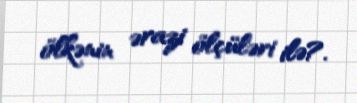
ölkənin ərazi ölçüləri ilə?.